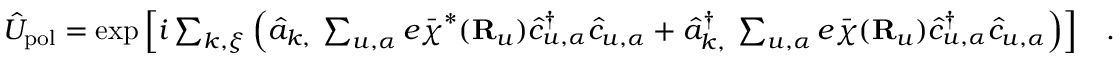
\begin{array} { r } { \hat { U } _ { \mathrm { p o l } } = \exp \Big [ i \sum _ { { \boldsymbol k } , { \boldsymbol \xi } } \Big ( \hat { a } _ { { \boldsymbol k } , { \bf \xi } } \sum _ { u , \alpha } e \bar { \boldsymbol \chi } ^ { * } ( { \bf R } _ { u } ) \hat { c } _ { u , \alpha } ^ { \dagger } \hat { c } _ { u , \alpha } + \hat { a } _ { { \boldsymbol k } , { \bf \xi } } ^ { \dagger } \sum _ { u , \alpha } e \bar { \boldsymbol \chi } ( { \bf R } _ { u } ) \hat { c } _ { u , \alpha } ^ { \dagger } \hat { c } _ { u , \alpha } \Big ) \Big ] ~ ~ ~ . } \end{array}